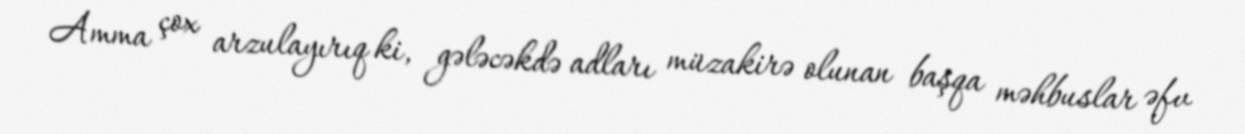
Amma çox arzulayırıq ki, gələcəkdə adları müzakirə olunan başqa məhbuslar əfv